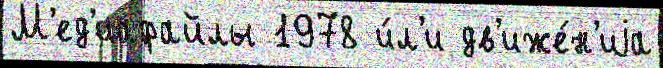
М'ед'иафайлы 1978 и́л'и дв'иже́н'иjа